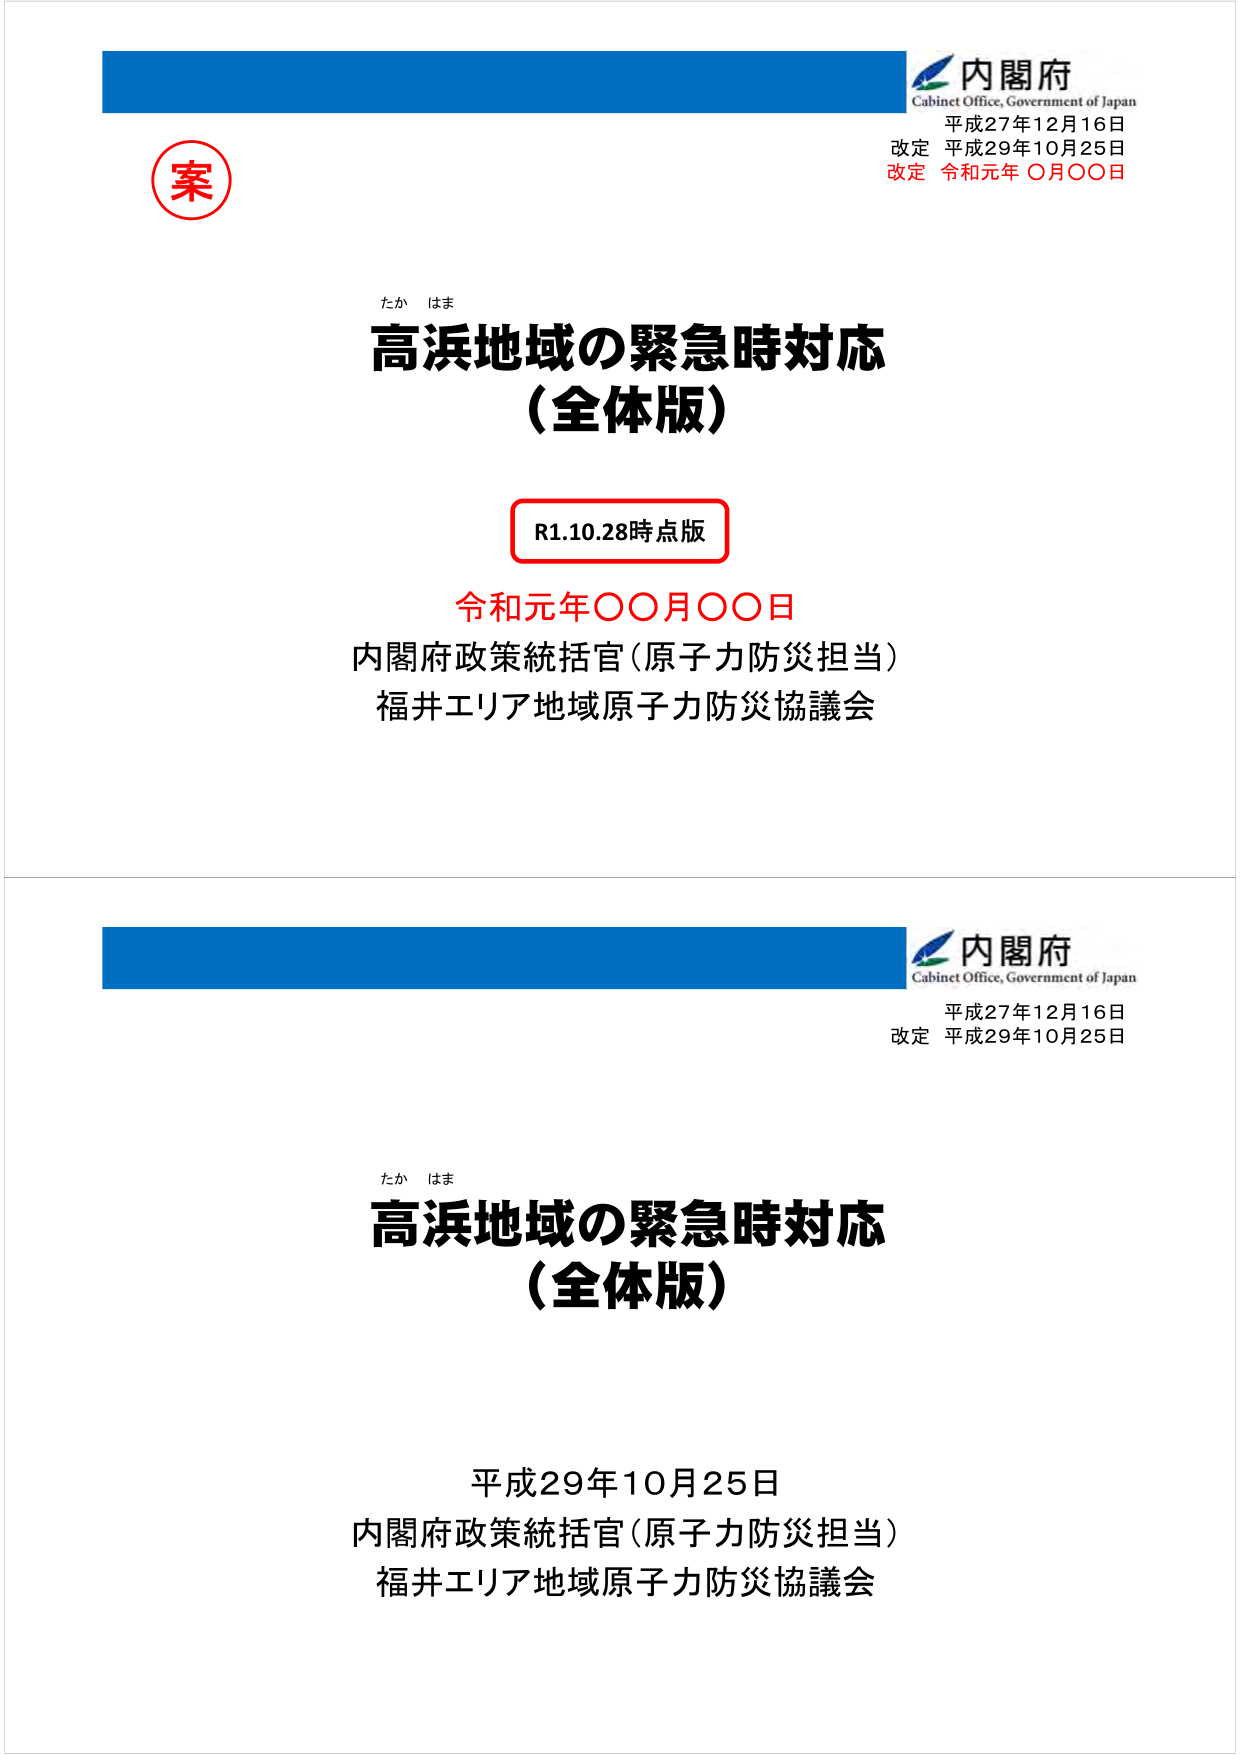
内閣府
Cabinet Office, Government of Japan
平成27年12月16日
改定 平成29年10月25日
改定 令和元年 ○月○○日

案

たか はま
高浜地域の緊急時対応
（全体版）

R1.10.28時点版
令和元年○○月○○日
内閣府政策統括官（原子力防災担当）
福井エリア地域原子力防災協議会

内閣府
Cabinet Office, Government of Japan
平成27年12月16日
改定 平成29年10月25日

たか はま
高浜地域の緊急時対応
（全体版）

平成29年10月25日
内閣府政策統括官（原子力防災担当）
福井エリア地域原子力防災協議会